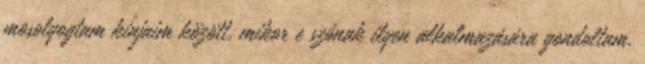
mosolyogtam kínjaim között, mikor e szónak ilyen alkalmazására gondoltam.